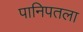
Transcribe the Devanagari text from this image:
पानिपतला